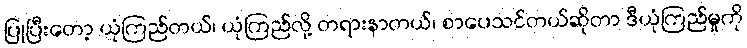
ပြုပြီးတော့ ယုံကြည်တယ်၊ ယုံကြည်လို့ တရားနာတယ်၊ စာပေသင်တယ်ဆိုတာ ဒီယုံကြည်မှုကို